system: You are a helpful assistant.
user:
Analyze the provided spectrum to determine if it is a **Carbon Star (C-type)**.

- **Key Visual Indicators of Carbon Star:**
    - **(Primary):** Strong molecular absorption from **C₂ (diatomic carbon) "Swan Bands."** This is the **defining feature** of a carbon star.
        - **(Key Bandheads):** Sharp absorption edges are visible at approximately $5635$ Å, $5165$ Å (the strongest band), and $4737$ Å.
        - **(Line Profile):** Creates a distinct **"saw-tooth"** pattern. The key morphology is a sharp, steep bandhead on the **red (long-wavelength) side**, which then gradually tapers off (i.e., flux recovers) towards the **blue (short-wavelength) side**. *(This is the direct opposite of the TiO bands seen in M-type stars)*.

    - **(Secondary):** Intense **CN (cyanogen)** molecular absorption bands.
        - **(Key Bandheads):** Located in the blue and violet regions of the spectrum (e.g., near $4215$ Å and $3883$ Å).
        - **(Morphology):** These bands are extremely broad and act as a "blanket," absorbing the vast majority of blue and violet light. This creates a characteristic **"cliff"** or **"steep drop-off"** in the spectrum's flux at short wavelengths.

    - **(Key Confirmation):** Strong **CH absorption band (G-band)**.
        - **(Key Bandhead):** Located around $4300$ Å. The contribution from CH molecules to this band is exceptionally strong.

    - **(Overall Spectrum):**
        - The continuum is severely "chopped up" by these deep molecular bands, especially C₂, rather than appearing as a smooth curve.
        - Due to the heavy CN and C₂ absorption in the blue-green, the vast majority of the star's flux is concentrated in the red part of the spectrum, giving the star its characteristic deep red color.

Think first, call **spectral_visualization_tool** if needed to examine features in detail, then provide your final answer. Your response must adhere to the following strict rules:
1.  **Overall Structure:** Your response must follow the format `<think>...</think> <tool_call>...</tool_call> (if a tool is used) <answer>...</answer>`.
2.  **Tool Usage Constraint:** You may only make **one** tool call per turn.
3.  **Final Answer Format:** In the `<answer>` tag, your conclusion must be inside a `\boxed{}` command (e.g., `\boxed{YES}`), followed by your justification.

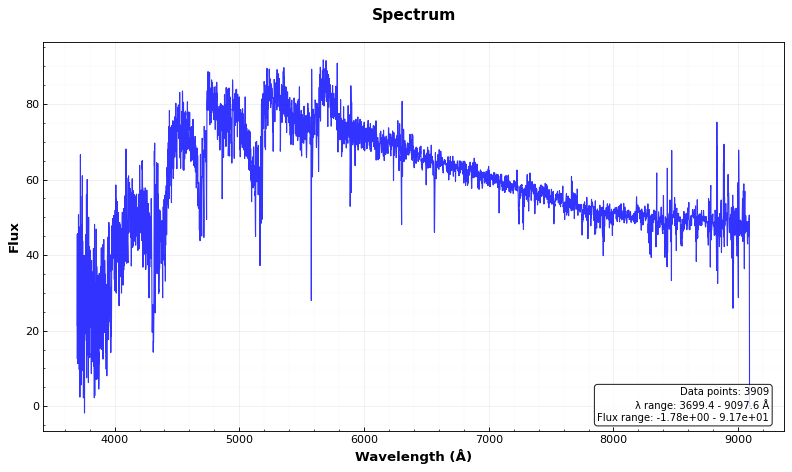
Answer: YES